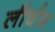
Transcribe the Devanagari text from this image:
लीर्चस